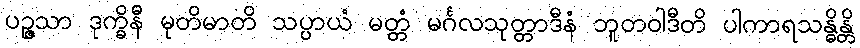
ပဉ္ဇသာ ဒုက္ခိနီ မုတိမာတိ သပ္ပာယံ မတ္တံ မင်္ဂလသုတ္တာဒီနံ ဘူတဝါဒီတိ ပါကာရသန္ဓိန္တိ